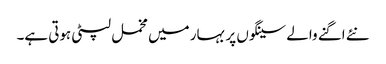
نئے اگنے والے سینگوں پر بہار میں مخمل لپٹی ہوتی ہے۔